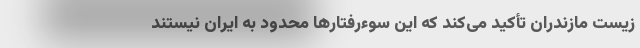
زیست مازندران تأکید می‌کند که این سوءرفتارها محدود به ایران نیستند